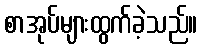
စာအုပ်များထွက်ခဲ့သည်။